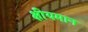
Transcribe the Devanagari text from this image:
क्षीयमान